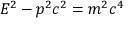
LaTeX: E ^ { 2 } - p ^ { 2 } c ^ { 2 } = m ^ { 2 } c ^ { 4 }